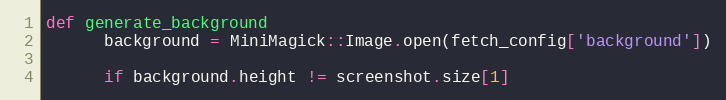
Language: Ruby
def generate_background
      background = MiniMagick::Image.open(fetch_config['background'])

      if background.height != screenshot.size[1]